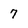
Character: 7